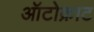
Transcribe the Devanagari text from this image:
ऑटोक्राट